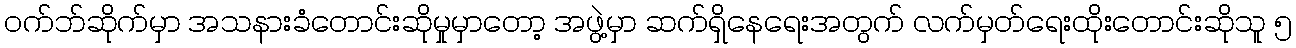
ဝက်ဘ်ဆိုက်မှာ အသနားခံတောင်းဆိုမှုမှာတော့ အဖွဲ့မှာ ဆက်ရှိနေရေးအတွက် လက်မှတ်ရေးထိုးတောင်းဆိုသူ ၅